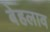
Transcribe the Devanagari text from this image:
बेहलाव